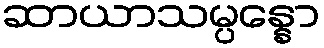
ဆာယာသမ္ပန္နော